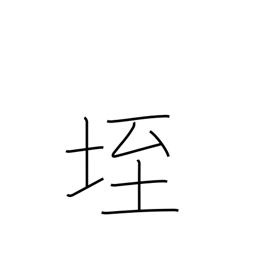
Meaning: anthill